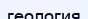
геология